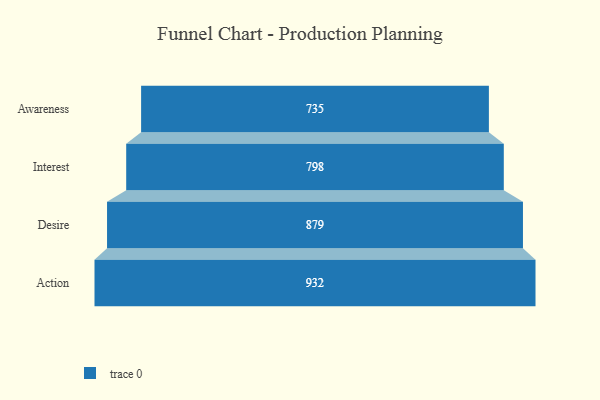
{"axis": {"x": "Stage", "y": "Value"}, "legend": [""], "data": [{"x": "Awareness", "y": 735.0, "type": ""}, {"x": "Interest", "y": 798.0, "type": ""}, {"x": "Desire", "y": 879.0, "type": ""}, {"x": "Action", "y": 932.0, "type": ""}]}